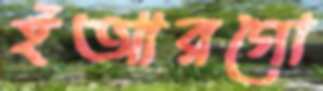
ইআরগো